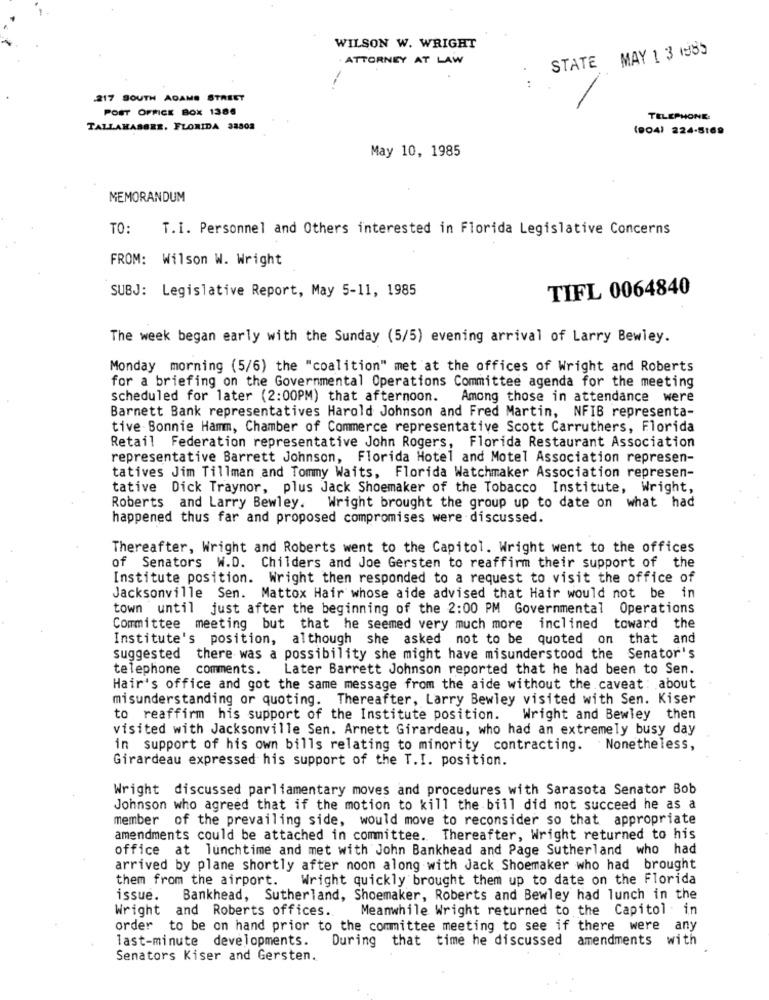
WILSON W. WRIGHT
STATE MAY 1 3 1985
. ATTORNEY AT LAW
217 SOUTH ADAMS STREET
POST OFFICE BOX 1386
TELEPHONE:
TALLAHASSEE, FLORIDA 38808
(904) 224-5169
May 10, 1985
MEMORANDUM
TO:
T.I. Personnel and Others interested in Florida Legislative Concerns
FROM: Wilson W. Wright
SUBJ: Legislative Report, May 5-11, 1985
TIFL 0064840
The week began early with the Sunday (5/5) evening arrival of Larry Bewley.
Monday morning (5/6) the "coalition" met at the offices of Wright and Roberts
for a briefing on the Governmental Operations Committee agenda for the meeting
scheduled for later (2:00PM) that afternoon.
Among those in attendance were
Barnett Bank representatives Harold Johnson and Fred Martin, NFIB representa-
tive Bonnie Hamm, Chamber of Commerce representative Scott Carruthers, Florida
Retail Federation representative John Rogers, Florida Restaurant Association
representative Barrett Johnson, Florida Hotel and Motel Association represen-
tatives Jim Tillman and Tommy Waits, Florida Watchmaker Association represen-
tative Dick Traynor, plus Jack Shoemaker of the Tobacco Institute, Wright,
Roberts and Larry Bewley. Wright brought the group up to date on what had
happened thus far and proposed compromises were discussed.
Thereafter, Wright and Roberts went to the Capitol. Wright went to the offices
of Senators W.D. Childers and Joe Gersten to reaffirm their support of the
Institute position. Wright then responded to a request to visit the office of
Jacksonville Sen. Mattox Hair whose aide advised that Hair would not be in
town until just after the beginning of the 2:00 PM Governmental Operations
Committee meeting but that he seemed very much more inclined
toward the
Institute's position, although she asked not to be quoted on that and
suggested there was a possibility she might have misunderstood the Senator's
telephone comments. Later Barrett Johnson reported that he had been to Sen.
Hair's office and got the same message from the aide without the caveat: about
misunderstanding or quoting. Thereafter, Larry Bewley visited with Sen. Kiser
to reaffirm his support of the Institute position. Wright and Bewley then
visited with Jacksonville Sen. Arnett Girardeau, who had an extremely busy day
in support of his own bills relating to minority contracting. Nonetheless,
Girardeau expressed his support of the T.I. position.
Wright discussed parliamentary moves and procedures with Sarasota Senator Bob
Johnson who agreed that if the motion to kill the bill did not succeed he as a
member of the prevailing side, would move to reconsider so that appropriate
amendments could be attached in committee. Thereafter, Wright returned to his
office at lunchtime and met with John Bankhead and Page Sutherland who had
arrived by plane shortly after noon along with Jack Shoemaker who had brought
them from the airport. Wright quickly brought them up to date on the Florida
issue.
Bankhead, Sutherland, Shoemaker, Roberts and Bewley had lunch in the
Wright and Roberts offices ..
Meanwhile Wright returned to the Capitol in
order to be on hand prior to the committee meeting to see if there were
any
last-minute developments.
During that time he discussed amendments
with
Senators Kiser and Gersten.